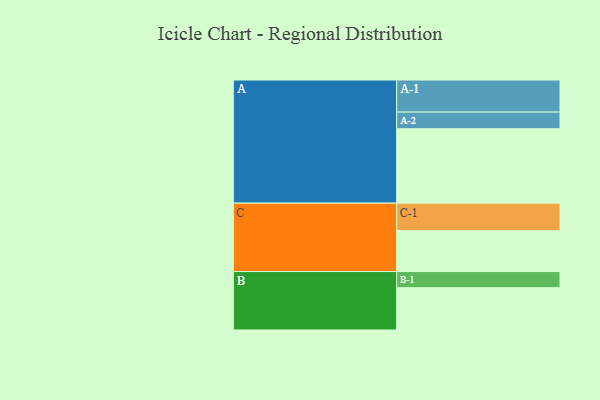
{"axis": {"x": "Segment", "y": "Value"}, "legend": ["", "A", "B", "C"], "data": [{"x": "A", "y": 582, "type": ""}, {"x": "B", "y": 331, "type": ""}, {"x": "C", "y": 321, "type": ""}, {"x": "A-1", "y": 251, "type": "A"}, {"x": "A-2", "y": 130, "type": "A"}, {"x": "B-1", "y": 126, "type": "B"}, {"x": "C-1", "y": 214, "type": "C"}]}